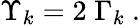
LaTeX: \Upsilon_{k}=2\; \Gamma_{k}~.